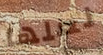
لعلها